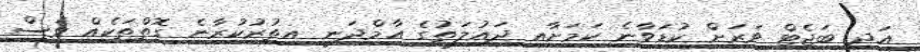
އަދި ބަޖެޓް ވަރަށް ކުޑަވާނެ ކަމަށާއި ދައުލަތުގެ އާމްދަނީ އިތުރުކުރާނެ ގޮތްތަކެއް ވެސް